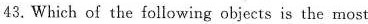
43.Which of the following objects is the most